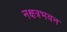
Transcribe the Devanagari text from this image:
नक्षत्रभवन